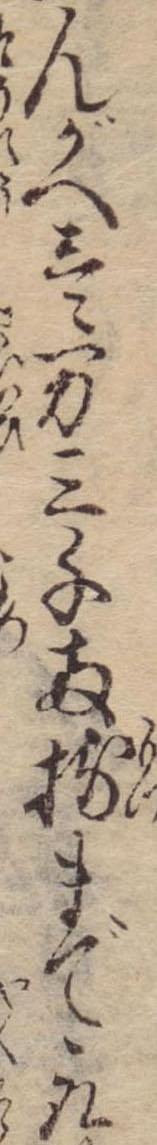
んがへ壱万三千両持まで取